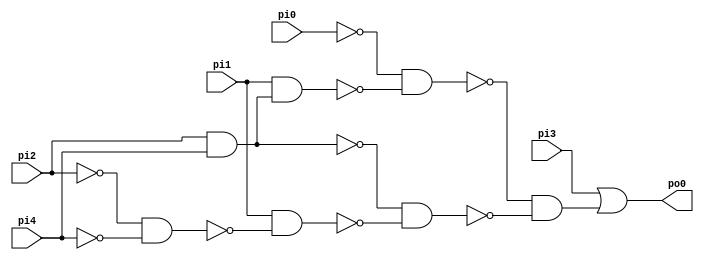
// Benchmark "top" written by ABC on Fri Sep  4 10:02:12 2020

module top (
    pi0, pi1, pi2, pi3, pi4,
    po0  );
  input  pi0, pi1, pi2, pi3, pi4;
  output po0;
  wire new_n7_, new_n8_, new_n9_, new_n10_, new_n11_, new_n12_, new_n13_;
  assign new_n7_ = pi2 & pi4;
  assign new_n8_ = pi1 & new_n7_;
  assign new_n9_ = ~pi0 & ~new_n8_;
  assign new_n10_ = ~pi2 & ~pi4;
  assign new_n11_ = pi1 & ~new_n10_;
  assign new_n12_ = ~new_n7_ & ~new_n11_;
  assign new_n13_ = ~new_n9_ & ~new_n12_;
  assign po0 = pi3 | new_n13_;
endmodule